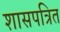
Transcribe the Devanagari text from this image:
शासपत्रित